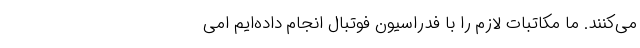
می‌کنند. ما مکاتبات لازم را با فدراسیون فوتبال انجام داده‌ایم امی